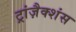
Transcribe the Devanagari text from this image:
ट्रांज़ैक्शंस